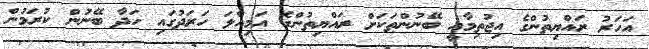
އަހަރު ރައްޔިތުންގެ އިޖުތިމާއީ ބޭނުންތަކަށް ރައްޔިތުންގެ އަމިއްލަ ހަރަދުގައި ހަދާ ބޭނުން ކުރަމުން